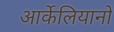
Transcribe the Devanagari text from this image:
आर्केलियानो